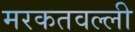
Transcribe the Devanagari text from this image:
मरकतवल्ली